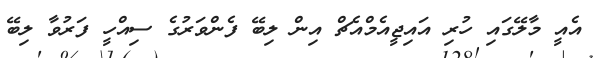
އެއީ މާލޭގައި ހުރި އައިޖީއެމްއެޗް އިން ލިބޭ ފެންވަރުގެ ސިއްހީ ފަރުވާ ލިބޭ